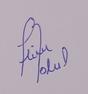
Signature authenticity: forged